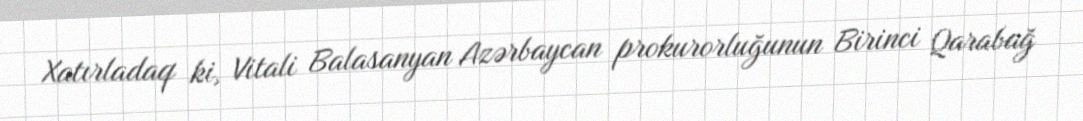
Xatırladaq ki, Vitali Balasanyan Azərbaycan prokurorluğunun Birinci Qarabağ